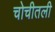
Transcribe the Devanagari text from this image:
चोचीतली